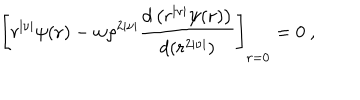
\left[ r ^ { | \nu | } \psi ( { \bf r } ) - w \rho ^ { 2 | \nu | } { \frac { d \left( r ^ { | \nu | } \psi ( { \bf r } ) \right) } { d ( r ^ { 2 | \nu | } ) } } \right] _ { r = 0 } = 0 ~ ,